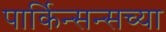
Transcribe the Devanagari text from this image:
पार्किन्सन्सच्या